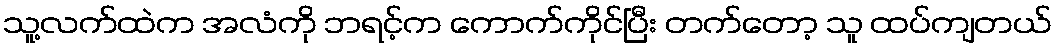
သူ့လက်ထဲက အလံကို ဘရင့်က ကောက်ကိုင်ပြီး တက်တော့ သူ ထပ်ကျတယ်